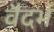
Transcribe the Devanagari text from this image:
वैदर्भ